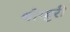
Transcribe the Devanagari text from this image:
थोम्बुरी